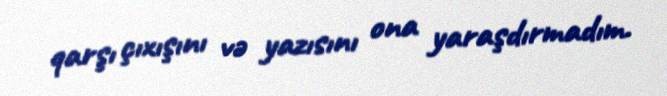
qarşı çıxışını və yazısını ona yaraşdırmadım.